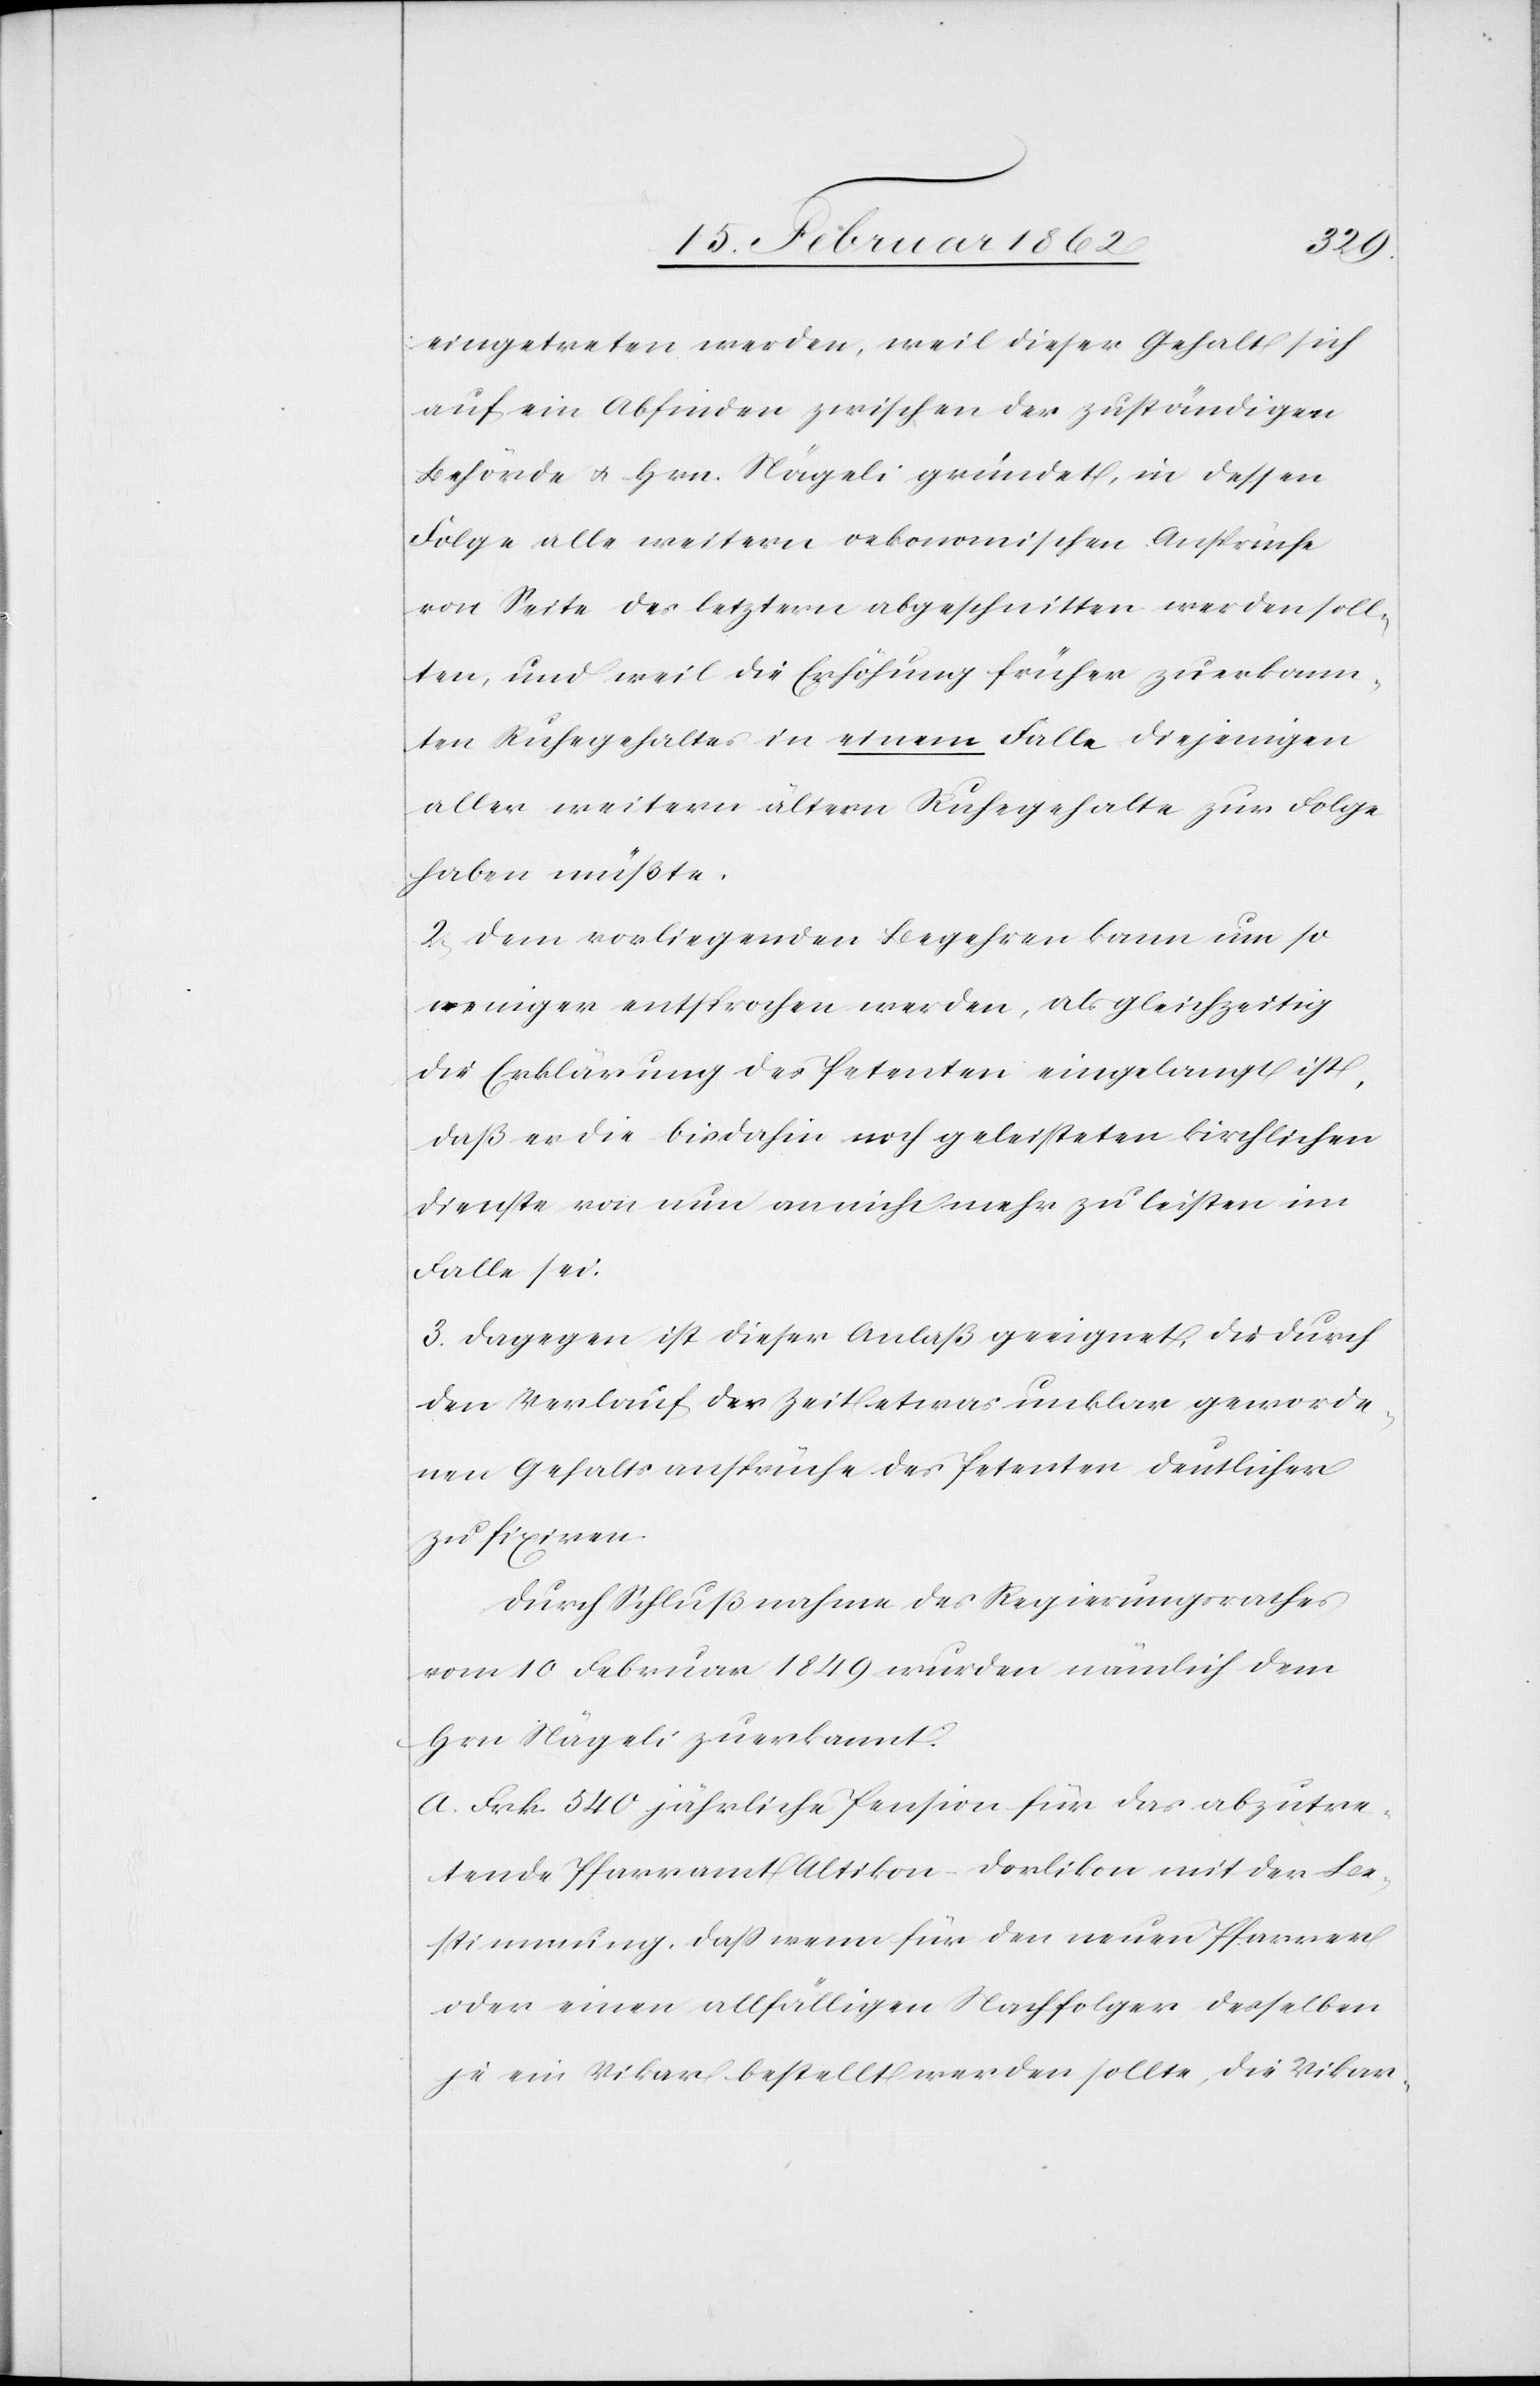
eingetreten werden, weil dieser Gehalt sich
auf ein Abfinden zwischen der zuständigen
Behörde u. Hrn. Nägeli gründet, in dessen
Folge alle weitern oekonomischen Ansprüche
von Seite des letztern abgeschnitten werden soll¬
ten, und weil die Erhöhung früher zuerkann¬
ten Ruhegehaltes in einem Falle diejenigen
aller weitern ältern Ruhegehalte zur Folge
haben müßte.
2. Dem vorliegenden Begehren kann um so
weniger entsprochen werden, als gleichzeitig
die Erklärung des Petenten eingelangt ist,
daß er die bis dahin noch geleisteten kirchlichen
Dienste von nun an nicht mehr zu leisten im
Falle sei.
3. Dagegen ist dieser Anlaß geeignet, die durch
den Verlauf der Zeit etwas unklar geworde¬
nen Gehaltsansprüche des Petenten deutlicher
zu fixiren.
Durch Schlußnahme es Regierungsrathes
vom 10 Februar 1849 wurden nämlich dem
Hrn Nägeli zuerkannt:
a) Frk. 540 jährliche Pension für das abzutre¬
tende Pfarramt Altikon-Dorlikon mit der Be¬
stimmung, daß wenn für den neuen Pfarrer
oder einen allfälligen Nachfolger desselben
je ein Vikar bestellt werden sollte, die Vikar-